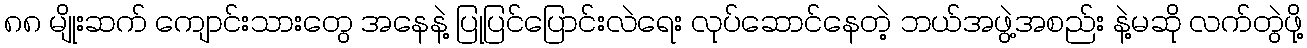
၈၈ မျိုးဆက် ကျောင်းသားတွေ အနေနဲ့ ပြုပြင်ပြောင်းလဲရေး လုပ်ဆောင်နေတဲ့ ဘယ်အဖွဲ့အစည်း နဲ့မဆို လက်တွဲဖို့